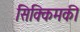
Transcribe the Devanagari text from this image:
सिक्किमकी